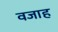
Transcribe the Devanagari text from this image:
वजाह